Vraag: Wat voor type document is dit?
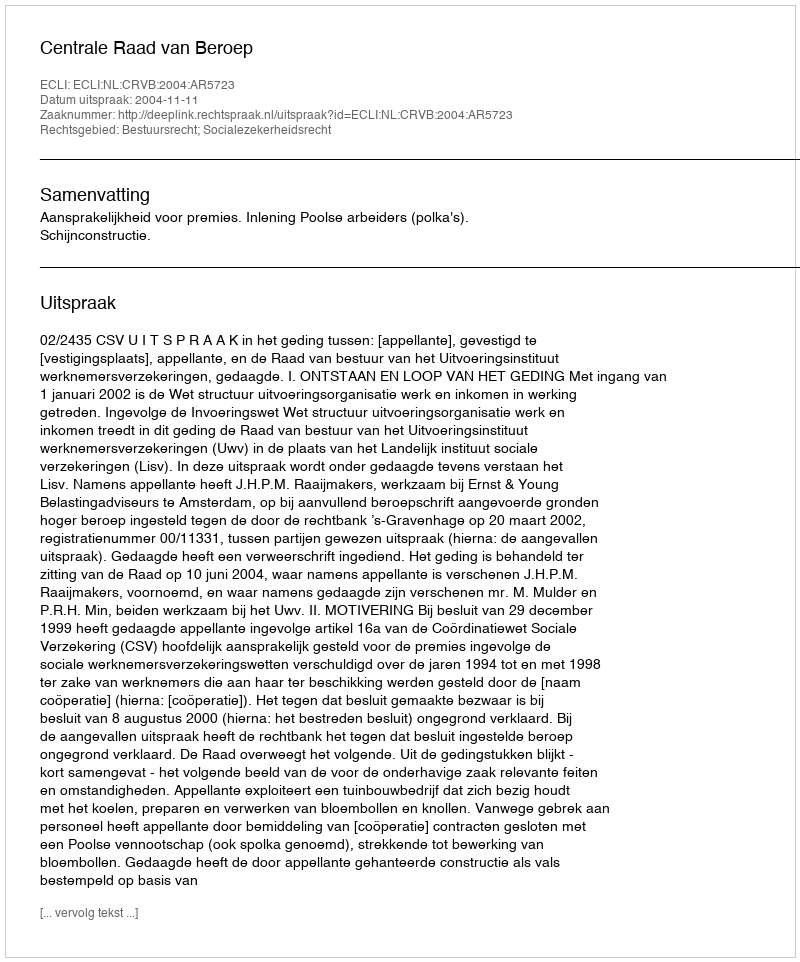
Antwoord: Uitspraak